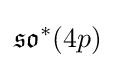
{\mathfrak {so}}^{*}(4p)